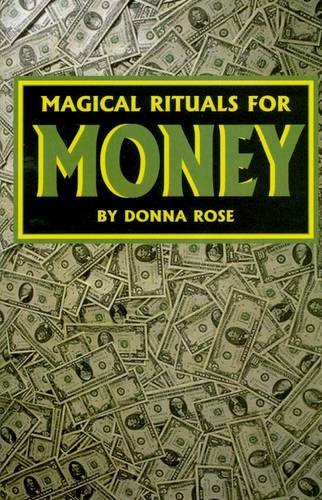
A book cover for Magical Rituals for Money; Donna Rose; Religion & Spirituality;